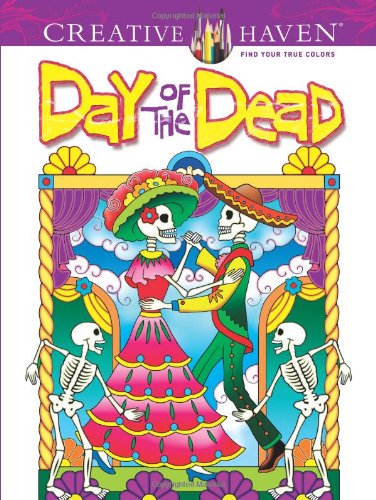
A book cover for Creative Haven Day of the Dead Coloring Book (Creative Haven Coloring Books); Marty Noble; Arts & Photography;